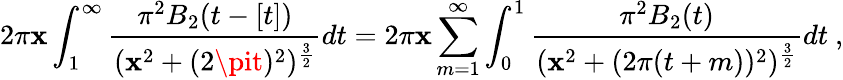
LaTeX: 2\pi\mathbf{x}\int_{1}^{\infty}{\frac{{\pi^{2}B_{2}(t-[t])}}{{(\mathbf{x}^{2}+(2\pit)^{2})^{{\frac{{3}}{{2}}}}}}}dt=2\pi\mathbf{x}\sum_{m=1}^{\infty}\int_{0}^{1}{\frac{{\pi^{2}B_{2}(t)}}{{(\mathbf{x}^{2}+(2\pi(t+m))^{2})^{{\frac{{3}}{{2}}}}}}}dt\ ,